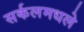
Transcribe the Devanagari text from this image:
सर्कलमधले